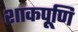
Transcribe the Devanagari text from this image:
शाकपूणि